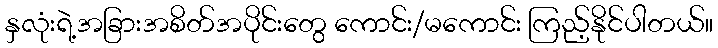
နှလုံးရဲ့အခြားအစိတ်အပိုင်းတွေ ကောင်း/မကောင်း ကြည့်နိုင်ပါတယ်။